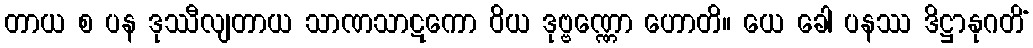
တာယ စ ပန ဒုဿီလျတာယ သာဏသာဋကော ဝိယ ဒုဗ္ဗဏ္ဏော ဟောတိ။ ယေ ခေါ ပနဿ ဒိဋ္ဌာနုဂတိံ